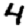
Digit: 4